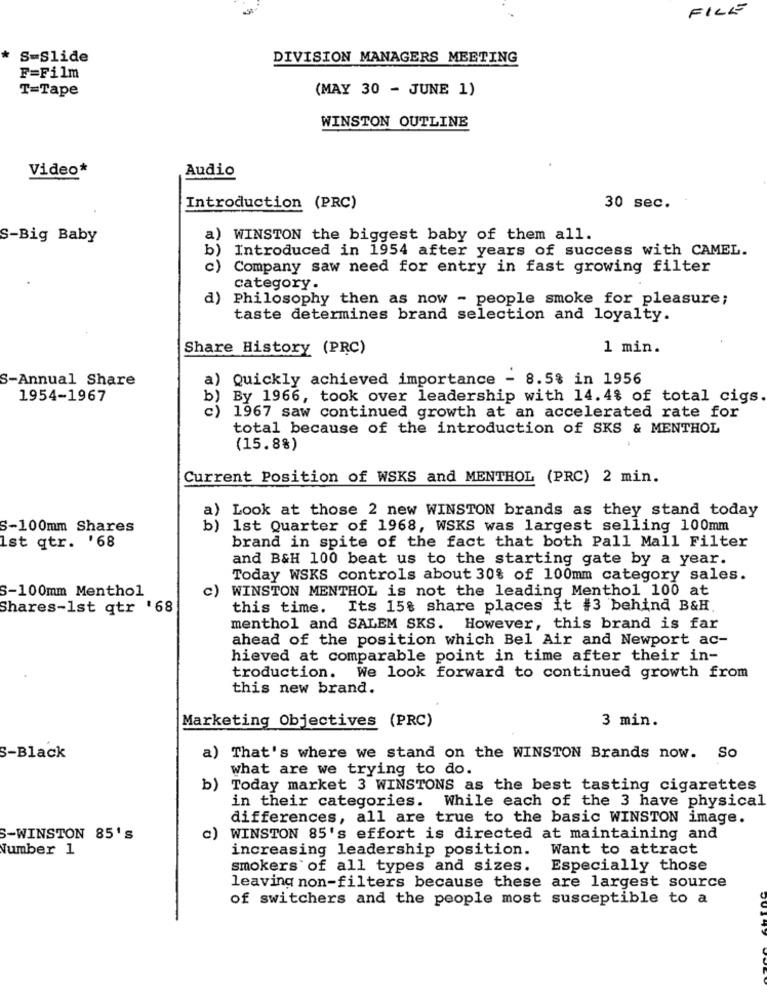
FILE
* S=Slide
DIVISION MANAGERS MEETING
F=Film
T=Tape
(MAY 30 - JUNE 1)
WINSTON OUTLINE
Video*
Audio
Introduction (PRC)
30 sec.
S-Big Baby
a) WINSTON the biggest baby of them all.
b) Introduced in 1954 after years of success with CAMEL.
c)
Company saw need for entry in fast growing filter
category.
a)
Philosophy then as now - people smoke for pleasure;
taste determines brand selection and loyalty.
Share History (PRC)
1 min.
S-Annual Share
a)
Quickly achieved importance - 8.5% in 1956
1954-1967
b
By 1966, took over leadership with 14.4% of total cigs
c)
1967 saw continued growth at an accelerated rate for
total because of the introduction of SKS & MENTHOL
(15.8%)
Current Position of WSKS and MENTHOL (PRC) 2 min.
a)
Look at those 2 new WINSTON brands as they stand today
S-100mm Shares
b)
1st Quarter of 1968, WSKS was largest selling 100mm
Ist qtr. '68
brand in spite of the fact that both Pall Mall Filter
and B&H 100 beat us to the starting gate by a year.
Today WSKS controls about 30% of 100mm category sales.
S-100mm Menthol
c)
WINSTON MENTHOL is not the leading Menthol 100 at
Shares-1st qtr '68
this time. Its 15% share places it #3 behind B&H
menthol and SALEM SKS. However, this brand is far
ahead of the position which Bel Air and Newport ac-
hieved at comparable point in time after their in-
troduction. We look forward to continued growth from
this new brand.
Marketing Objectives (PRC)
3 min.
S-Black
a) That's where we stand on the WINSTON Brands now. So
what are we trying to do.
b) Today market 3 WINSTONS as the best tasting cigarettes
in their categories. While each of the 3 have physical
differences, all are true to the basic WINSTON image.
S-WINSTON 85's
") WINSTON 85's effort is directed at maintaining and
Number 1
increasing leadership position.
Want to attract
smokers of all types and sizes.
Especially those
leaving non-filters because these are largest source
of switchers and the people most susceptible to a